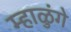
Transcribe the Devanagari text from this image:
म्हाळुंगे